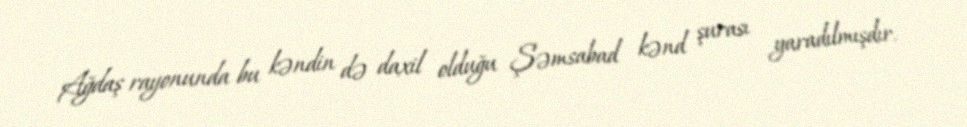
Ağdaş rayonunda bu kəndin də daxil olduğu Şəmsabad kənd şurası yaradılmışdır.